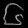
Digit: ၆